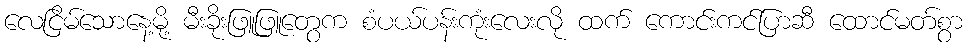
လေငြိမ်သောနေ့မို့ မီးခိုးဖြူဖြူတွေက စံပယ်ပန်းကုံးလေးလို ထက် ကောင်းကင်ပြာဆီ ထောင်မတ်စွာ